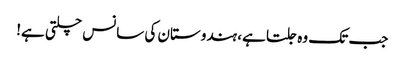
جب تک وہ جلتا ہے، ہندوستان کی سانس چلتی ہے!